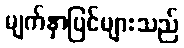
မျက်နှာပြင်များသည်